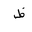
Letter: _za